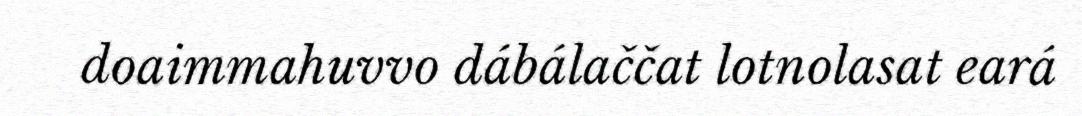
doaimmahuvvo dábálaččat lotnolasat eará